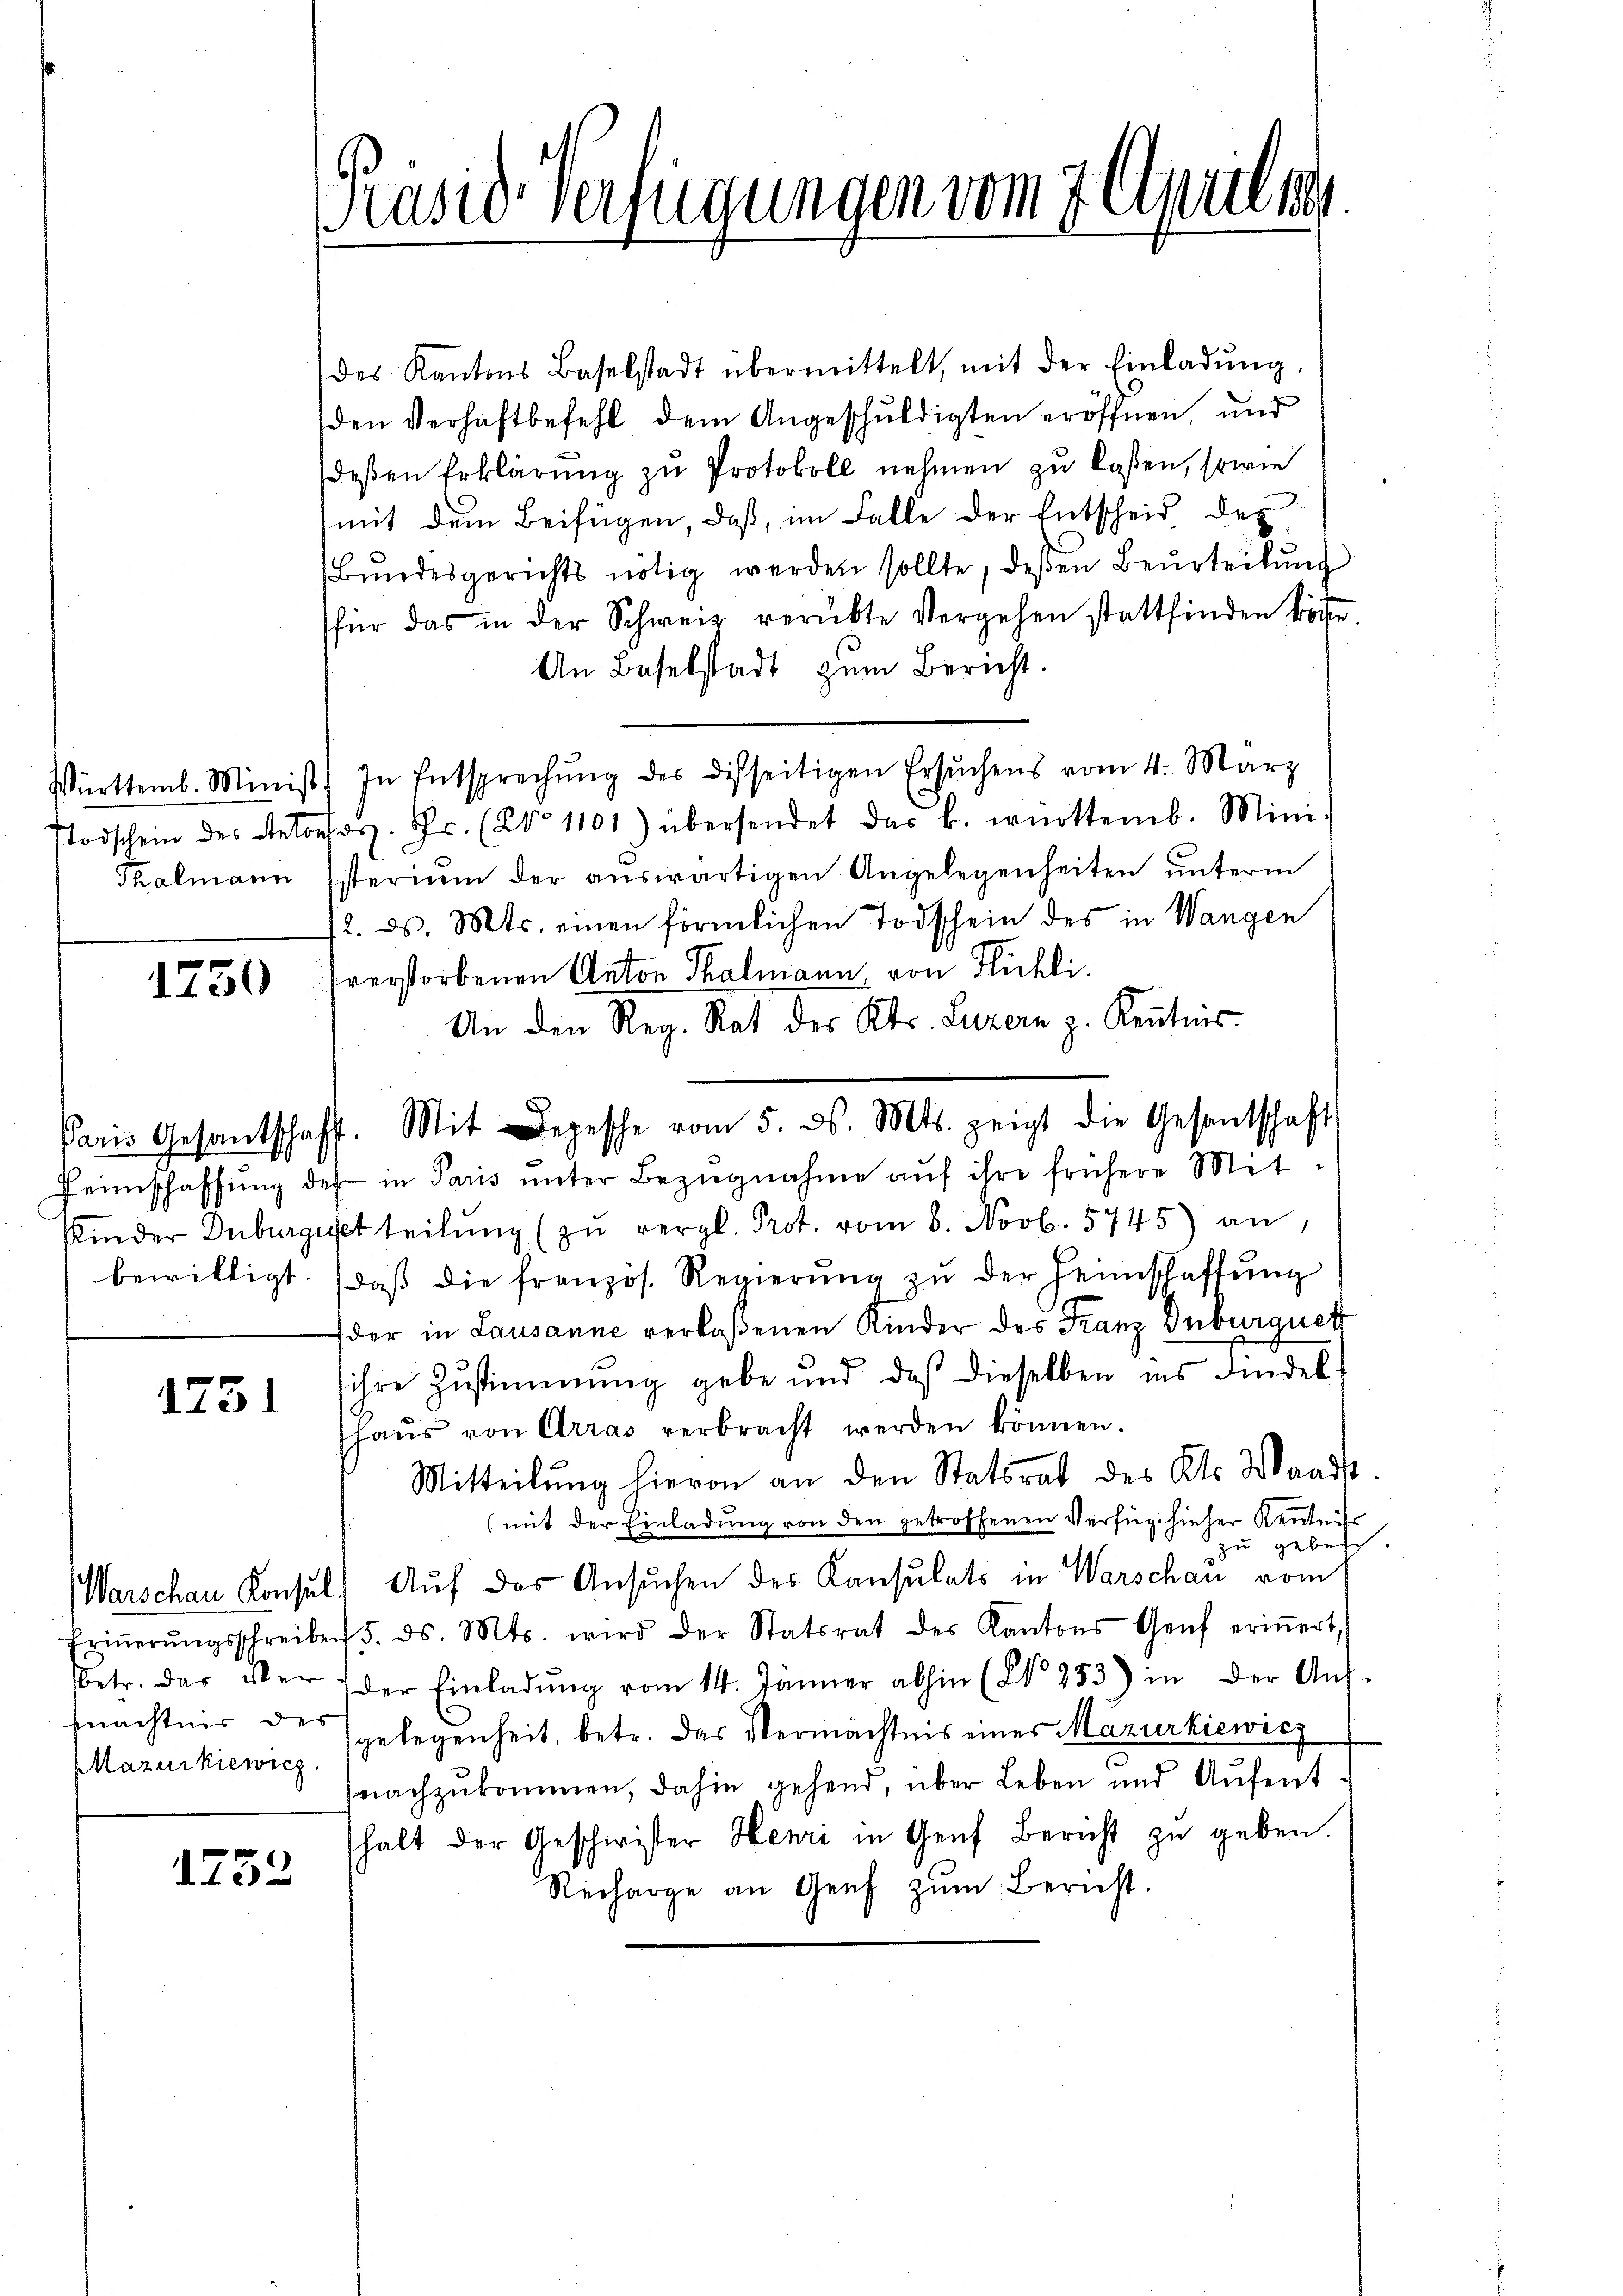
1750

1751

Mlazarkiewicz

1752

des Kantons Baselstadt übermittelt, mit der Einladŭng,
den Verhaftbefehl dem Angeschuldigten eröffnen, und
deβen Erklärŭng zŭ Protokoll nehmen zu laßen, sowie
mit dem Beifügen, daß, im Falle der Entscheid des
Bundesgerichts nötig werden sollte, deßen Beurteilung
für das in der Schweiz verübte Vergehen stattfinden könne.
An Baselstadt zum Bericht.
Württemb. Minist. In Entsprechŭng des disseitigen Ersuchens vom 4. März
Todschein des Retors. Fr. (2No 1101) übersendet das k. württemb. Mini-
Thalmann Esterium der aŭswärtigen Angelegenheiten ŭnterm
12. ds. Mts. einen förmlichen Todschein des in Wangen
hverstorbenen Anton Thalmann von Flüchli
An den Reg. Rat des Kts. Luzern z. Kenntnis.
Paris Gesantschafft. Mit Depesche vom 5. ds. Mts. zeigt die Gesantschaft
Peinschaffŭng des in Paris ŭnter Bezŭgnahme aŭf ihre frühere Mit-
Kinder Duburgeset teilŭng (zŭ vergl. Prot. vom 8. Novb. 5745) an
bewilligt. daβ die französ. Regierŭng zŭ der Heimschaffŭng
der in Lausanne verlaßenen Kinder des Franz Dnburguet
ihre Zustimmung gebe und daß dieselben ins Findel
haŭs von Arras verbracht werden können.
Mitteilŭng hievon an den Statsrat des Kts. Waadt
(mit der Einladung von den getroffenen Verfüg hieher Kentniss
zu gebett.
Warschen Konsul) Auf das Ansuchen des Konsulats in Warschau vom
Eriṅerŭngsschreiben 5. ds. Mts. wird der Statsrat des Kantons Genf eriṅert,
Betr. das der der Einladŭng vom 14. Jänner abhin (No 253) in der Aŭs-
nächtnis des gelegenheit, betr. das Vermächtnis eines Mazurkiewicz
nachzŭkommen, dahin gehend, über Leben und Aŭfent
halt der Geschwister Henri in Genf Bericht zu geben.
Recharge an Genf zŭm Bericht.

Präsid Verfügungen vom 7. Aprili